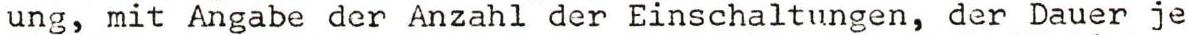
ung, mit Angabe der Anzahl der Einschaltungen, der Dauer je